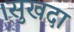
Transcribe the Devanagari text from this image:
।सुखदा